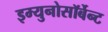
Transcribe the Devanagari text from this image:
इम्युनोसॉर्बेन्ट